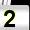
Digit: 2